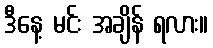
ဒီနေ့ မင်း အချိန် ရလား။